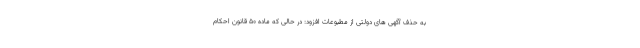
به حذف آگهی های دولتی از مطبوعات افزود: در حالی که ماده ۵۰ قانون احکام